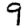
Digit: 9